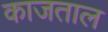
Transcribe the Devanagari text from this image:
काजताल